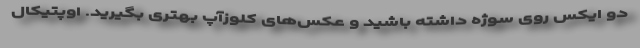
دو ایکس روی سوژه داشته باشید و عکس‌های کلوزآپ بهتری بگیرید. اوپتیکال